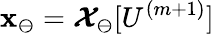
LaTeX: \mathbf{x}_{\ominus}=\boldsymbol{\mathcal{X}}_{\ominus}[U^{(m+1)}]